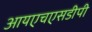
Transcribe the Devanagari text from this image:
आयएचएसडीपी